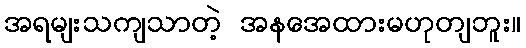
အရမျးသကျသာတဲ့ အနအေထားမဟုတျဘူး။